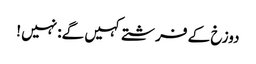
دوزخ کے فرشتے کہیں گے: نہیں !